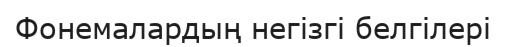
Фонемалардың негізгі белгілері